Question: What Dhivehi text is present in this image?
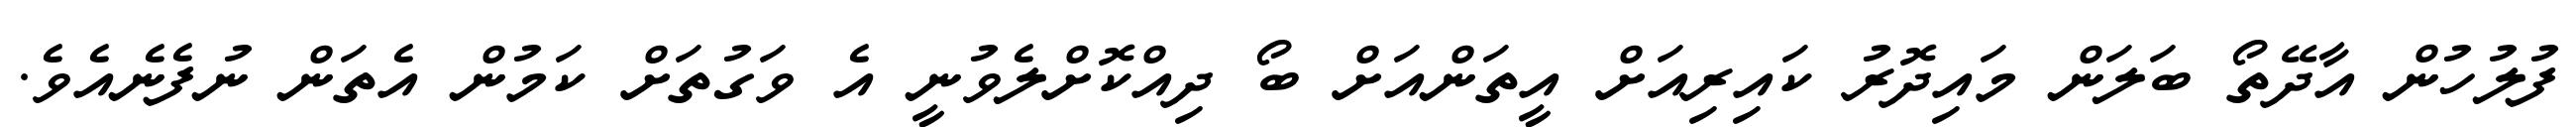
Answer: ފުލުހުން އާދޭތޯ ބަލަން މައިދޮރު ކައިރިއަށް އީތަންއަށް ބޯ ދިއްކޮށްލެވުނީ އެ ވަގުތަށް ކަމުން އެތަން ނުފެނެއެވެ.